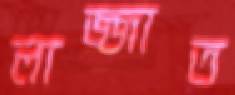
লাজ্জাত